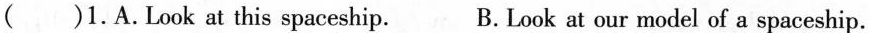
( )1.A.Look at this spaceship. B.Look at our model of a spaceship.last might?